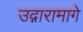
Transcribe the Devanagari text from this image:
उद्गारामागे